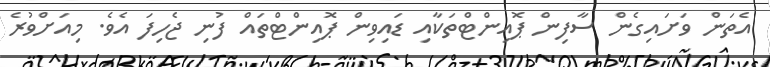
އެތަން ވަށައިގެން ސާފިން ޕޮއިންޓްތަކާއި ޑައިވިން ޕޮއިންޓްތައް ފުނި ޖެހިފަ އެވެ. މިއަށްވުރެ